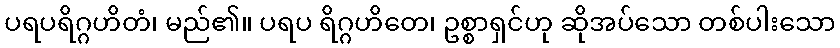
ပရပရိဂ္ဂဟိတံ၊ မည်၏။ ပရပ ရိဂ္ဂဟိတေ၊ ဥစ္စာရှင်ဟု ဆိုအပ်သော တစ်ပါးသော